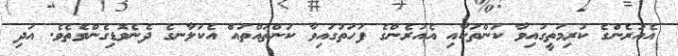
އެއުރެންގެ ކުރިމަތީގައިވާ ކަންތަކާއި އެއުރެންގެ ފަހަތުގައިވާ ކަންތައްތައް އެކަލާނގެ ދެނެވޮޑިގެންވެތެވެ. އަދި